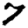
Digit: 7